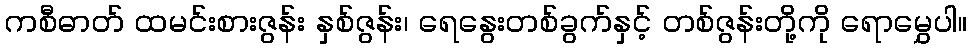
ကစီဓာတ် ထမင်းစားဇွန်း နှစ်ဇွန်း၊ ရေနွေးတစ်ခွက်နှင့် တစ်ဇွန်းတို့ကို ရောမွှေပါ။